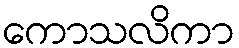
ကောသလိကာ